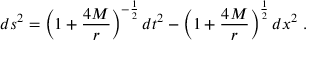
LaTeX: d s ^ { 2 } = \left( 1 + { \frac { 4 M } { r } } \right) ^ { - { \frac { 1 } { 2 } } } d t ^ { 2 } - \left( 1 + { \frac { 4 M } { r } } \right) ^ { \frac { 1 } { 2 } } d x ^ { 2 } \ .